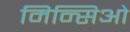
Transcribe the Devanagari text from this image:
मिन्सिओ